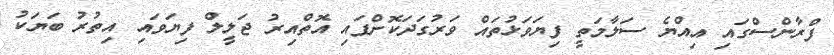
ފްރާންސްގައި އިއްޔެ ސަލާމަތީ ފިޔަވަޅުތައް ވަރުގަދަކޮށްފައި އޮތްއިރު ޖަލީލް ފިޔަވައި އިތުރު ބަޔަކު